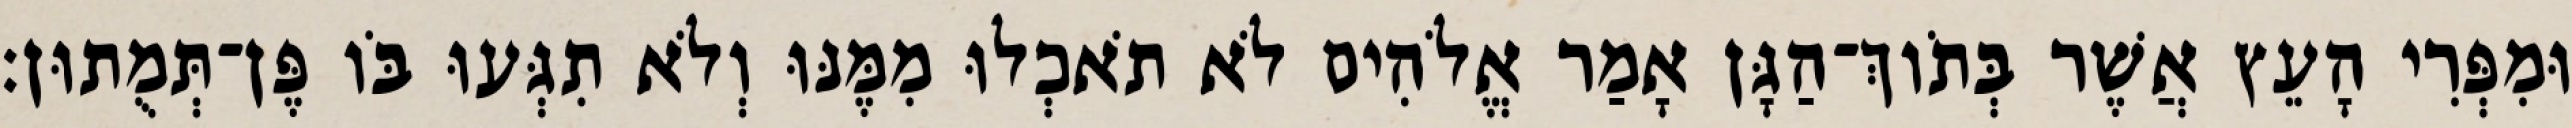
וּמִפְּרִי הָעֵץ אֲשֶׁר בְּתֹוךְ־הַגָּן אָמַר אֱלֹהִים לֹא תֹאכְלוּ מִמֶּנּוּ וְלֹא תִגְּעוּ בֹּו פֶּן־תְּמֻתוּן׃